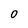
Character: 0